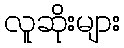
လူဆိုးများ